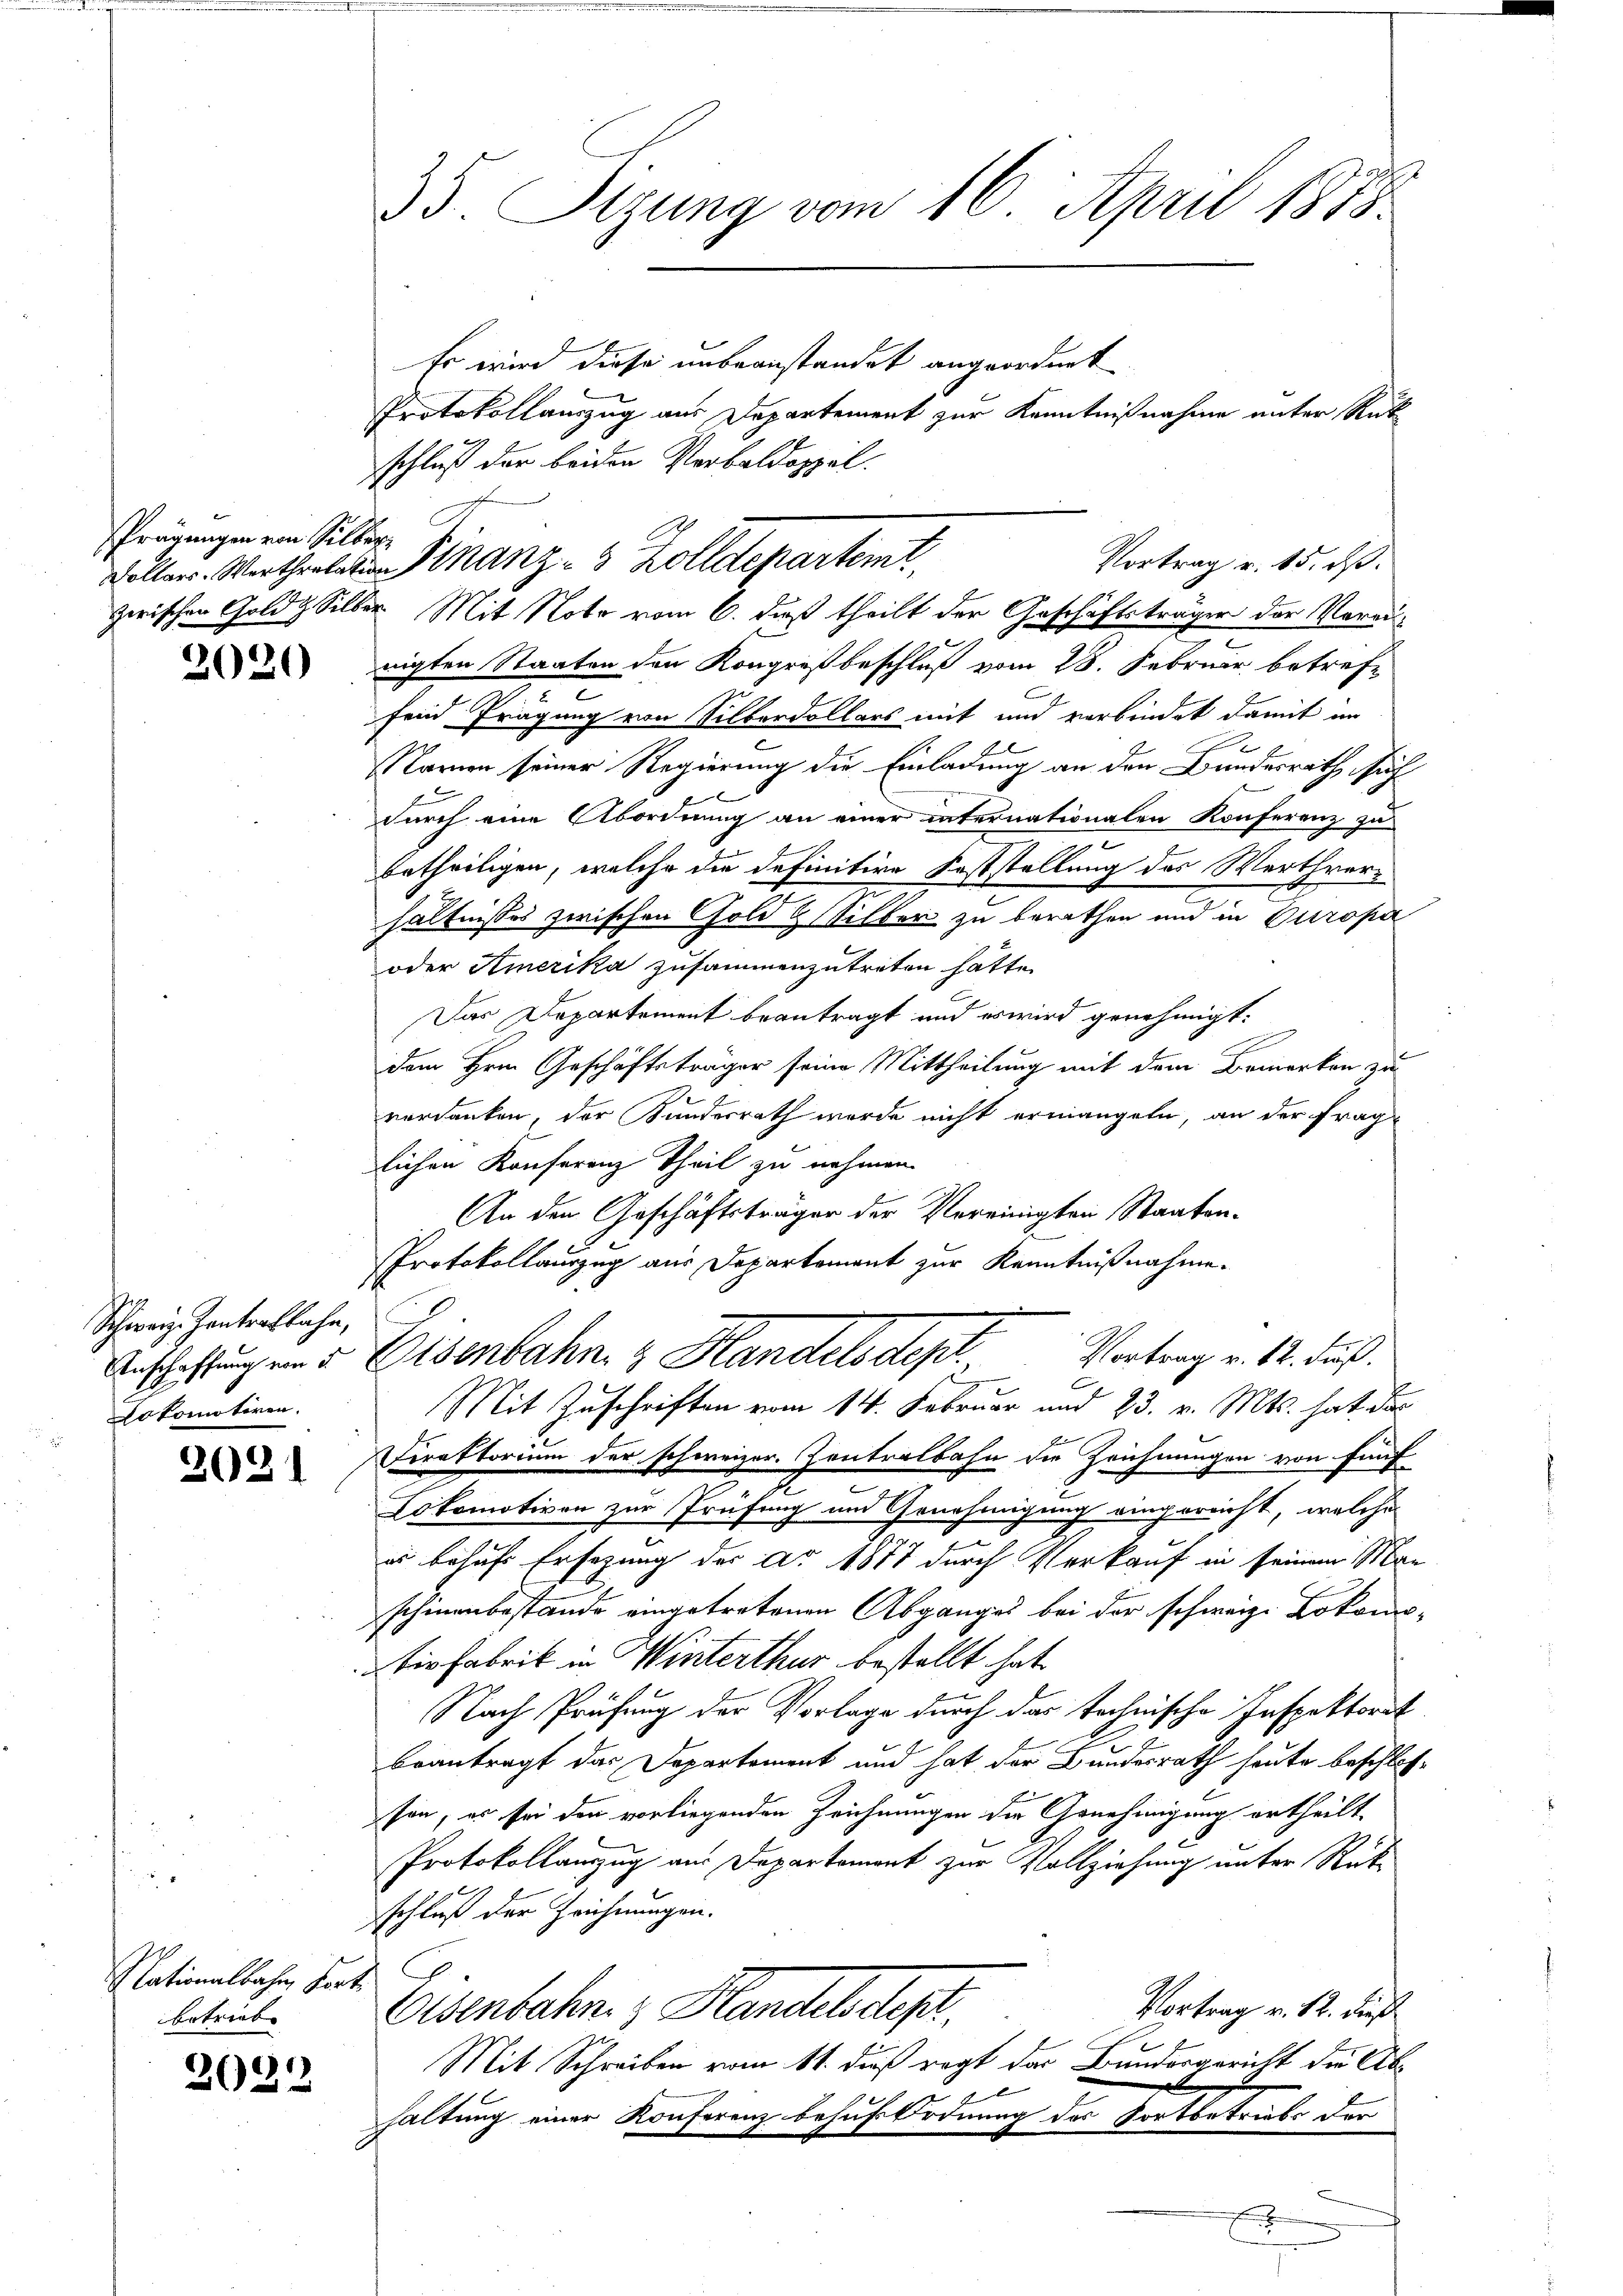
Prägungen von Silber¬

2020

Schweiz. Zentratlahn,
okomotiren.

2031

Nationalbahn, Fortbetriebe |

2032

35. Segung vom 16. April 1873.

vollen. Wertheilen Finanz- 3 Zolldepartemt

Er wird diese unbeanstandet angeordnet
Protokollauszug aus Departement zur Kenntnißnahme unter Rükschluß der beiden Verbaldoppel.
e
zwischen Gold Silber Mit Note vom 6. daß theilt der Geschäftsträger der Voraus-
 Kennern
nigten Staaten den Kongreß beschluß vom 28. Februar betref¬
.
fend Trägung von Silberdollars mit und verbindet damit im
Namen seiner Regierung die Einladung an den Bundesrath such

durch eine Abordnung an einer internationalen Konferenz zu
betheiligen, welche die definitive Feststellung des Werthver-
hältnisses zwischen Gold & Silber zu berathen und in Europa
oder Amerika zusammenzutreten hatte.
Das Departement beantragt und es wird genehmigt:
dem Hrn. Geschäftsträger seine Mittheilung mit dem Bemerken zu
verdanken, der Kundesrath wurde nicht ermangeln, an der fraglichen Konferenz Theil zu nehmen.
An den Geschäftsträger der Vereinigten Staaten-
Protokollauszug aus Departement zur Kenntnißnahme.
Vortrag v. 12. Fuß.
Anschaftung in d. Eisenbahn. z. Handelsdept.
Mit Zuschriften vom 14. Februar und 23. v. Mts. hat das
Direktorium der schweizer. Zentralbahn die Zeichnungen von fünf
Lokomotiven zur Prüfung und Genehmigung eingereicht, welche
es behufs Ersezung der Ao 1877 durch Verkauf in seinem Man
schinenbestande eingetretenen Abganges bei der schweiz. Lokomo-
Die Fabrik in Winterthur bestellt hat.
Nach Prüfung der Vorlage durch das technische Inspektorit
beantragt das Departement und hat der Bundesrath heute beschlos-
son, es sei den vorliegenden Zeichnungen die Genehmigung ertheilt.
Protokollamzug aus Departemont zur Vollziehung unter Rüt
schluß der Zeichnungen.
Vortrag v. 12. dieß
Eisenbahn & Handels dept.
Mit Schreiben vom 11. dieß regt das Bundergericht die Abe
haltung einer Konferenz behufordnung des Fortbetriebs der
E

Vortrag v. 15. dß.